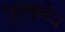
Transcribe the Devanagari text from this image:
फुललेंथ